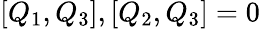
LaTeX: [Q_{1},Q_{3}],[Q_{2},Q_{3}]=0